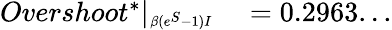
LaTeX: \begin{array}{rl}{Overshoot^{*}|_{\substack{_{\beta(e^{S}-1)I}}}}&{{}=0.2963...}\end{array}